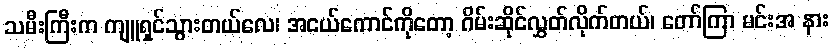
သမီးကြီးက ကျူရှင်သွားတယ်လေ၊ အငယ်ကောင်ကိုတော့ ဂိမ်းဆိုင်လွှတ်လိုက်တယ်၊ တော်ကြာ မင်းအ နား